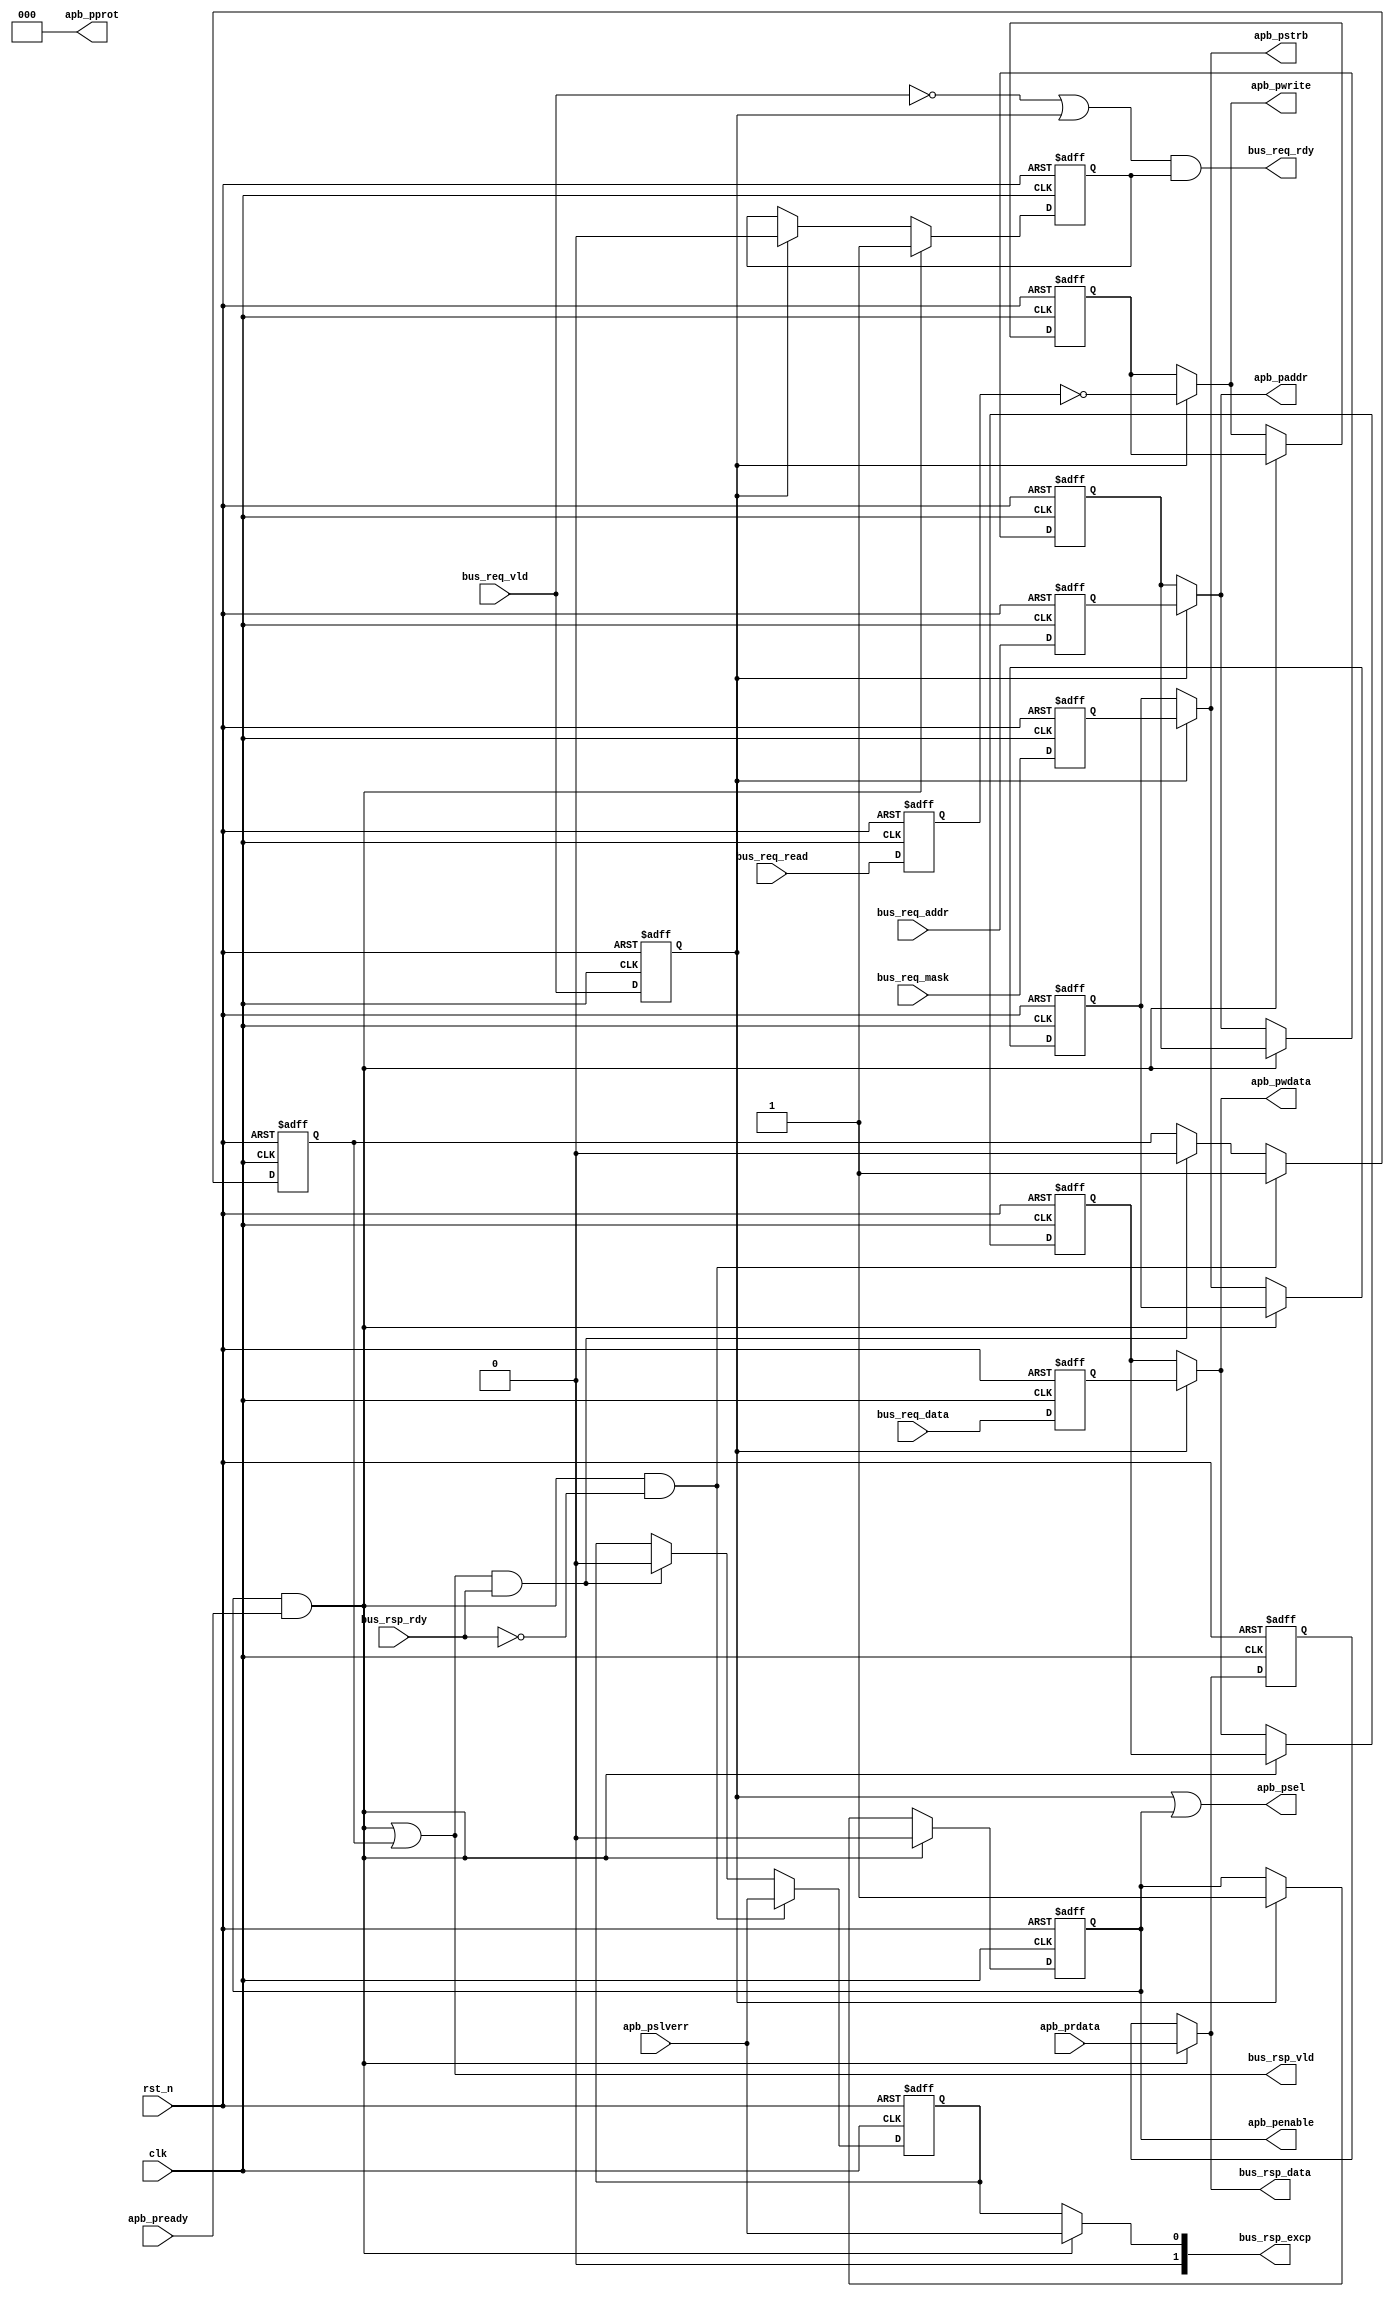
//************************************************************
// See LICENSE for license details.
//
// Module: uv_bus_to_apb
//
// Designer: Owen
//
// Description:
//      Transform interface from bus to APB.
//************************************************************

`timescale 1ns / 1ps

module uv_bus_to_apb
#(
    parameter ALEN                  = 12,
    parameter DLEN                  = 32,
    parameter MLEN                  = DLEN / 8,
    parameter PIPE                  = 1'b1
)
(
    input                           clk,
    input                           rst_n,

    // Bus ports.
    input                           bus_req_vld,
    output                          bus_req_rdy,
    input                           bus_req_read,
    input  [ALEN-1:0]               bus_req_addr,
    input  [MLEN-1:0]               bus_req_mask,
    input  [DLEN-1:0]               bus_req_data,

    output                          bus_rsp_vld,
    input                           bus_rsp_rdy,
    output [1:0]                    bus_rsp_excp,
    output [DLEN-1:0]               bus_rsp_data,

    // APB ports.
    output                          apb_psel,
    output                          apb_penable,
    output [2:0]                    apb_pprot,
    output [ALEN-1:0]               apb_paddr,
    output [MLEN-1:0]               apb_pstrb,
    output                          apb_pwrite,
    output [DLEN-1:0]               apb_pwdata,
    input  [DLEN-1:0]               apb_prdata,
    input                           apb_pready,
    input                           apb_pslverr
);

    localparam UDLY = 1;
    
    reg                             req_rdy_r;
    reg                             req_vld_r;
    reg                             req_read_r;
    reg  [ALEN-1:0]                 req_addr_r;
    reg  [MLEN-1:0]                 req_mask_r;
    reg  [DLEN-1:0]                 req_data_r;

    reg                             rsp_vld_r;
    reg                             rsp_excp_r;
    reg  [DLEN-1:0]                 rsp_data_r;

    reg                             apb_penable_r;
    reg  [ALEN-1:0]                 apb_paddr_r;
    reg  [MLEN-1:0]                 apb_pstrb_r;
    reg                             apb_pwrite_r;
    reg  [DLEN-1:0]                 apb_pwdata_r;

    wire                            apb_busy;
    wire                            apb_okay;

    assign apb_busy                 = req_vld_r | apb_penable_r;
    assign apb_okay                 = apb_penable & apb_pready;

    // Bus output.
    assign bus_req_rdy              = (~bus_req_vld | req_vld_r) & req_rdy_r;
    assign bus_rsp_vld              = apb_okay | rsp_vld_r;
    assign bus_rsp_excp             = apb_okay ? {1'b0, apb_pslverr} : {1'b0, rsp_excp_r};
    assign bus_rsp_data             = apb_okay ? apb_prdata : rsp_data_r;

    // APB output.
    assign apb_psel                 = apb_busy;
    assign apb_penable              = apb_penable_r;
    assign apb_pprot                = 3'b0;
    assign apb_paddr                = req_vld_r ? req_addr_r  : apb_paddr_r;
    assign apb_pstrb                = req_vld_r ? req_mask_r  : apb_pstrb_r;
    assign apb_pwrite               = req_vld_r ? ~req_read_r : apb_pwrite_r;
    assign apb_pwdata               = req_vld_r ? req_data_r  : apb_pwdata_r;

    // Bus back pressure.
    always @(posedge clk or negedge rst_n) begin
        if (~rst_n) begin
            req_rdy_r <= 1'b1;
        end
        else begin
            if (apb_okay) begin
                req_rdy_r <= #UDLY 1'b1;
            end
            else if (req_vld_r) begin
                req_rdy_r <= #UDLY 1'b0;
            end
        end
    end

    // Buffer bus output.
    always @(posedge clk or negedge rst_n) begin
        if (~rst_n) begin
            rsp_vld_r  <= 1'b0;
            rsp_excp_r <= 1'b0;
        end
        else begin
            if (apb_okay & (~bus_rsp_rdy)) begin
                rsp_vld_r  <= #UDLY 1'b1;
                rsp_excp_r <= #UDLY apb_pslverr;
            end
            else if (bus_rsp_vld & bus_rsp_rdy) begin
                rsp_vld_r  <= #UDLY 1'b0;
                rsp_excp_r <= #UDLY 1'b0;
            end
        end
    end

    always @(posedge clk or negedge rst_n) begin
        if (~rst_n) begin
            rsp_data_r <= {DLEN{1'b0}};
        end
        else begin
            if (apb_okay) begin
                rsp_data_r <= #UDLY apb_prdata;
            end
        end
    end

    // Buffer bus input.
    generate
        if (PIPE) begin: gen_bus_req_pipe
            always @(posedge clk or negedge rst_n) begin
                if (~rst_n) begin
                    req_vld_r  <= 1'b0;
                    req_read_r <= 1'b0;
                    req_addr_r <= {ALEN{1'b0}};
                    req_mask_r <= {MLEN{1'b0}};
                    req_data_r <= {DLEN{1'b0}};
                end
                else begin
                    req_vld_r  <= #UDLY bus_req_vld;
                    req_read_r <= #UDLY bus_req_read;
                    req_addr_r <= #UDLY bus_req_addr;
                    req_mask_r <= #UDLY bus_req_mask;
                    req_data_r <= #UDLY bus_req_data;
                end
            end
        end
        else begin: gen_bus_req_imm
            always @(*) begin
                req_vld_r  = bus_req_vld;
                req_read_r = bus_req_read;
                req_addr_r = bus_req_addr;
                req_mask_r = bus_req_mask;
                req_data_r = bus_req_data;
            end
        end
    endgenerate

    // Buffer APB output.
    always @(posedge clk or negedge rst_n) begin
        if (~rst_n) begin
            apb_penable_r <= 1'b0;
            apb_paddr_r   <= {ALEN{1'b0}};
            apb_pstrb_r   <= {MLEN{1'b0}};
            apb_pwrite_r  <= 1'b0;
            apb_pwdata_r  <= {DLEN{1'b0}};
        end
        else begin
            if (apb_okay) begin
                apb_penable_r <= #UDLY 1'b0;
            end
            else if (req_vld_r) begin
                apb_penable_r <= #UDLY 1'b1;
                apb_paddr_r   <= #UDLY req_addr_r;
                apb_pstrb_r   <= #UDLY req_mask_r;
                apb_pwrite_r  <= #UDLY ~req_read_r;
                apb_pwdata_r  <= #UDLY req_data_r;
            end
        end
    end

endmodule